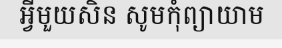
អ្វីមួយសិន សូមកុំព្យាយាម